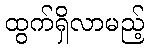
ထွက်ရှိလာမည့်